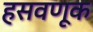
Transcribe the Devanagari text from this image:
हसवणूक